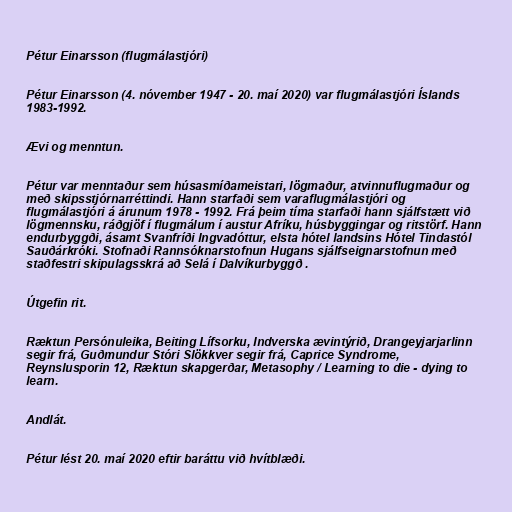
Pétur Einarsson (flugmálastjóri)

Pétur Einarsson (4. nóvember 1947 - 20. maí 2020) var flugmálastjóri Íslands
1983-1992.

Ævi og menntun.

Pétur var menntaður sem húsasmíðameistari, lögmaður, atvinnuflugmaður og
með skipsstjórnarréttindi. Hann starfaði sem varaflugmálastjóri og
flugmálastjóri á árunum 1978 - 1992. Frá þeim tíma starfaði hann sjálfstætt við
lögmennsku, ráðgjöf í flugmálum í austur Afríku, húsbyggingar og ritstörf. Hann
endurbyggði, ásamt Svanfríði Ingvadóttur, elsta hótel landsins Hótel Tindastól
Sauðárkróki. Stofnaði Rannsóknarstofnun Hugans sjálfseignarstofnun með
staðfestri skipulagsskrá að Selá í Dalvíkurbyggð .

Útgefin rit.

Ræktun Persónuleika, Beiting Lífsorku, Indverska ævintýrið, Drangeyjarjarlinn
segir frá, Guðmundur Stóri Slökkver segir frá, Caprice Syndrome,
Reynslusporin 12, Ræktun skapgerðar, Metasophy / Learning to die - dying to
learn.

Andlát.

Pétur lést 20. maí 2020 eftir baráttu við hvítblæði.